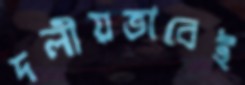
দলীয়ভাবেই